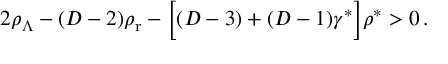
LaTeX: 2 \rho _ { \Lambda } - ( D - 2 ) \rho _ { \mathrm { r } } - \biggl [ ( D - 3 ) + ( D - 1 ) \gamma ^ { * } \biggr ] \rho ^ { * } > 0 \, .